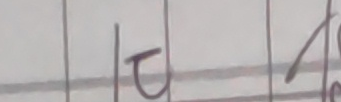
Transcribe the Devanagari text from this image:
परा